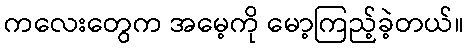
ကလေးတွေက အမေ့ကို မော့ကြည့်ခဲ့တယ်။